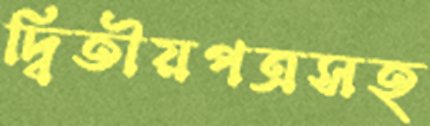
দ্বিতীয়পত্রসহ